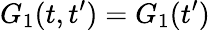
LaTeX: G_{1}(t,t^{\prime})=G_{1}(t^{\prime})